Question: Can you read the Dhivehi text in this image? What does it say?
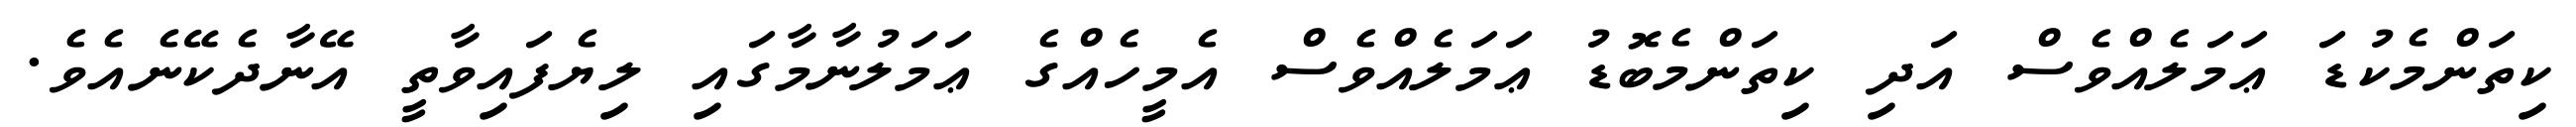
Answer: ކިތަންމެކުޑަ ޢަމަލެއްވެސް އަދި ކިތަންމެބޮޑު ޢަމަލެއްވެސް އެމީހެއްގެ ޢަމަލުނާމާގައި ލިޔެފައިވާތީ އޭނާދެކޭނެއެވެ.